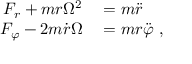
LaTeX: \begin{array} { r l } { F _ { r } + m r \Omega ^ { 2 } } & { { } = m { \ddot { r } } } \\ { F _ { \varphi } - 2 m { \dot { r } } \Omega } & { { } = m r { \ddot { \varphi } } \ , } \end{array}